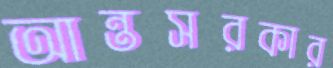
আন্তসরকার